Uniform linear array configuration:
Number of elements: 64
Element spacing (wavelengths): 0.25
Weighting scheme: uniform
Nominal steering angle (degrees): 0
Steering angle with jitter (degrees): -0.9458
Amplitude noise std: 0.05
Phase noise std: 0.05

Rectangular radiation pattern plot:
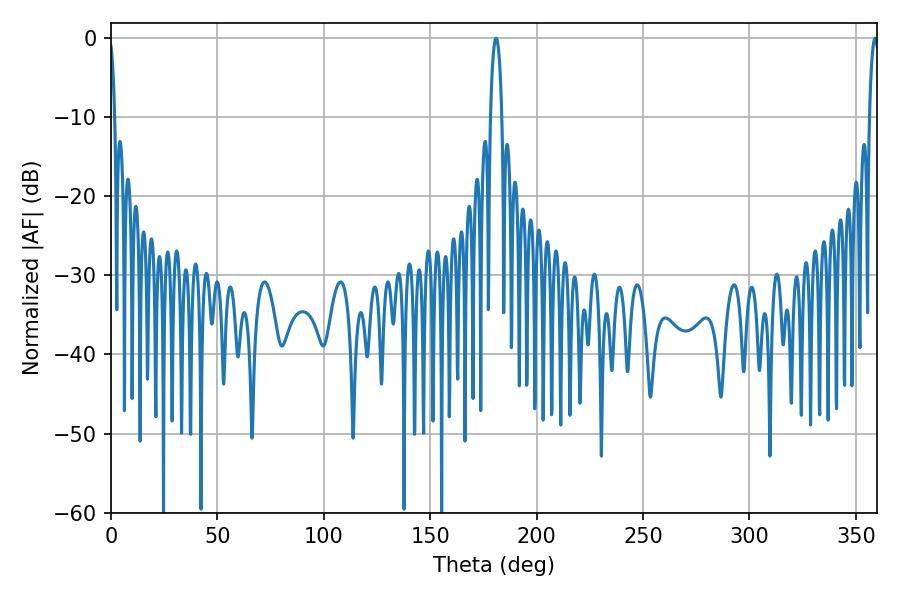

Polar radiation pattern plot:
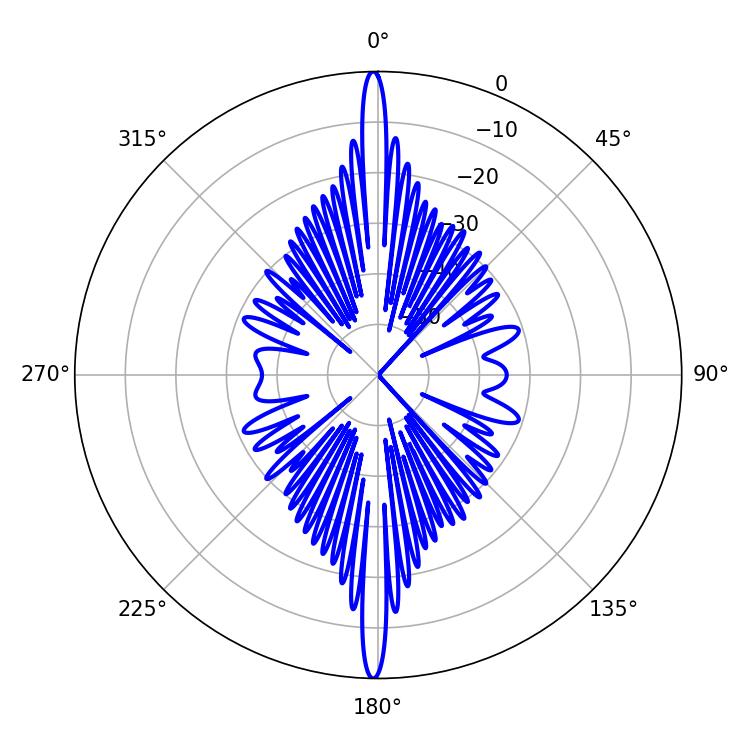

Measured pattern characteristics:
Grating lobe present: FALSE
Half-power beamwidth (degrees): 3.06
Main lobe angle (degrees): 180.9